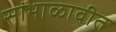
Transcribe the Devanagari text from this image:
सांभाळावीत